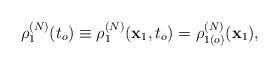
LaTeX: \begin{align*}\rho _{1}^{(N)}(t_{o})\equiv \rho _{1}^{(N)}(\mathbf{x}_{1},t_{o})=\rho_{1(o)}^{(N)}(\mathbf{x}_{1}), \end{align*}